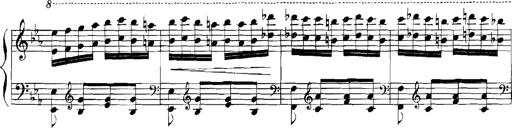
Title: Rhapsodies hongroises
Composer: Franz Liszt